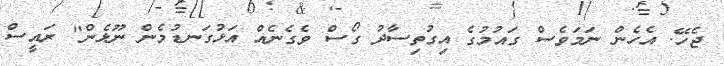
ޖެހޭ. އެހެން ނަމަވެސް ގައުމުގެ އިގުތިސާދު ގޯސް ވެގެނެއް އަޅުގަނޑުމެން ނޫޅެން" ރައީސް